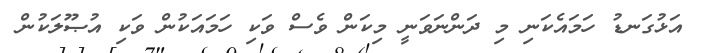
އަޅުގަނޑު ހަމައެކަނި މި ދަންނަވަނީ މިކަން ވެސް ވަކި ހަމައަކުން ވަކި އުޞޫލަކުން